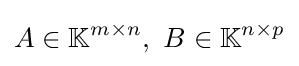
A\in \mathbb {K} ^{m\times n},\ B\in \mathbb {K} ^{n\times p}